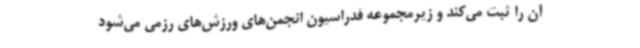
آن را ثبت می‌کند و زیرمجموعه فدراسیون انجمن‌های ورزش‌های رزمی می‌شود